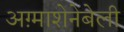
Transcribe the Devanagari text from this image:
अग़्माशेनेबेली